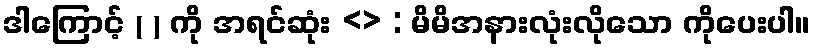
ဒါကြောင့် ( ) ကို အရင်ဆုံး <> : မိမိအနားလုံးလိုသော ကိုပေးပါ။